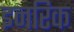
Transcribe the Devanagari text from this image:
इनरिक